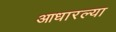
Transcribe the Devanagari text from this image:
आधारल्या